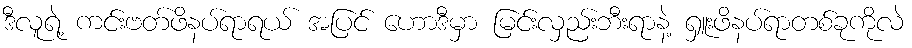
ဒီလူရဲ့ ကင်းဗတ်ဖိနပ်ရာရယ် အပြင် ဟောဒီမှာ မြင်းလှည်းဘီးရာနဲ့ ရှူးဖိနပ်ရာတစ်ခုကိုလဲ